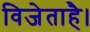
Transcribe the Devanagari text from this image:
विजेताहै।